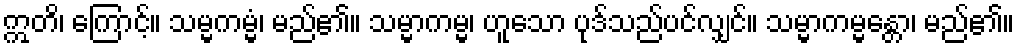
ဣတိ၊ ကြောင့်။ သမ္မကမ္မံ၊ မည်၏။ သမ္မာကမ္မ၊ ဟူသော ပုဒ်သည်ပင်လျှင်။ သမ္မာကမ္မန္တော၊ မည်၏။